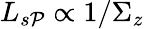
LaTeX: L_{s\mathcal{P}}\propto1/\Sigma_{z}